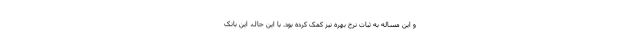
و این مساله به ثبات نرخ بهره نیز کمک کرده بود. با این حال، این بانک